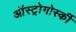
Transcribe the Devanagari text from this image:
ऑस्ट्रोगोर्स्की